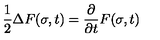
\frac { 1 } { 2 } \Delta F ( \sigma , t ) = \frac { \partial } { \partial t } F ( \sigma , t )